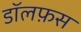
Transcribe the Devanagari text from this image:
डॉलफ़स